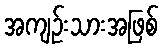
အကျဉ်းသားအဖြစ်